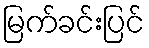
မြက်ခင်းပြင်